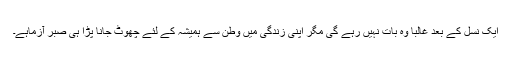
ایک نسل کے بعد غالباً وہ بات نہیں رہے گی مگر اپنی زندگی میں وطن سے ہمیشہ کے لئے چھوٹ جانا پڑا ہی صبر آزماہے۔